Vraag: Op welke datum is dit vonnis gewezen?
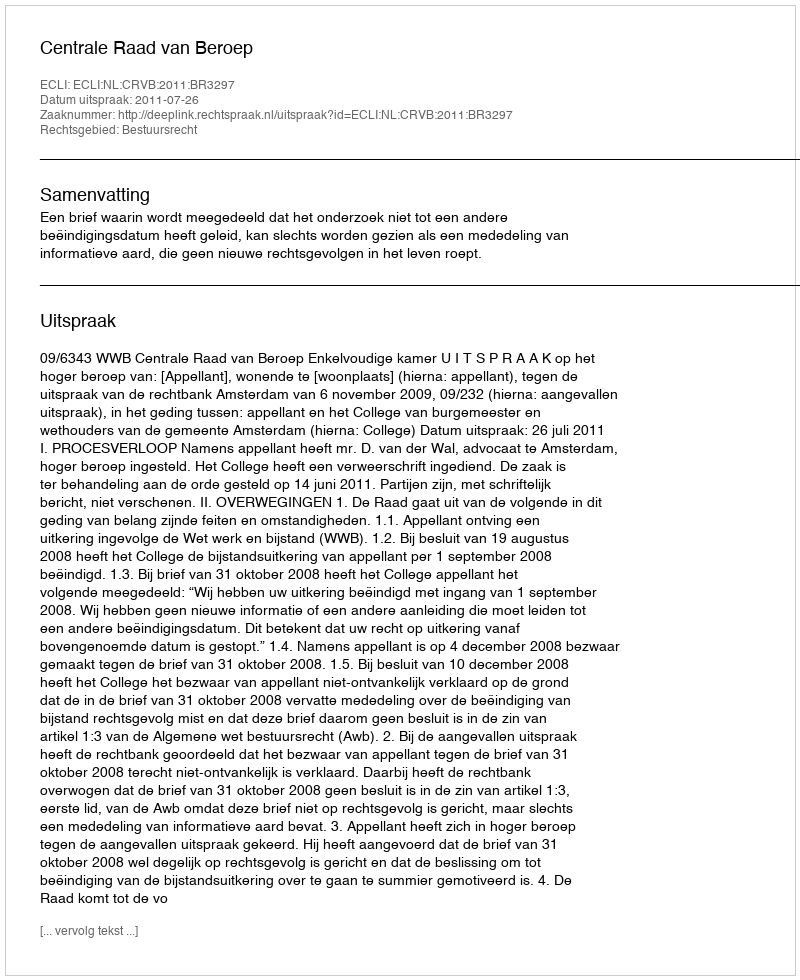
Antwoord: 2011-07-26